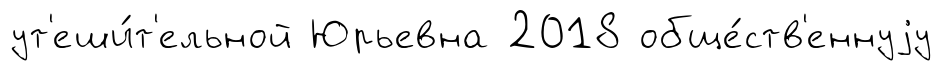
ут'еши́т'ельной Юрьевна 2018 обще́ств'еннуjу